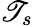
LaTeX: \mathscr{T}_{s}